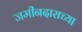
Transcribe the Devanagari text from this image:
जमीनदाराच्या